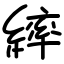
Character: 繂